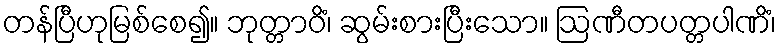
တန်ပြီဟုမြစ်စေ၍။ ဘုတ္တာဝိံ၊ ဆွမ်းစားပြီးသော။ ဩဏီတပတ္တပါဏိံ၊